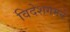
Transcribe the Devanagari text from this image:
विदेशगमने